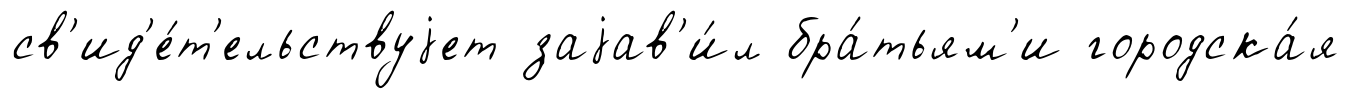
св'ид'е́т'ельствуjет заjав'и́л бра́тьям'и городска́я